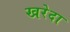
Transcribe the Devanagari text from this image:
खरेदा